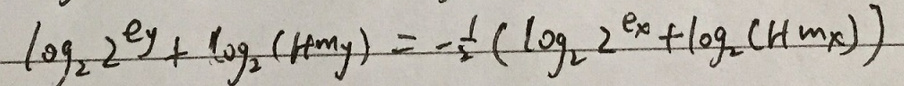
\(\log_{2}2^{e_{y}}+\log_{2}(Hm_{y}) = -\frac{1}{2}(\log_{2}2^{e_{x}}+\log_{2}(Hm_{x}))\)